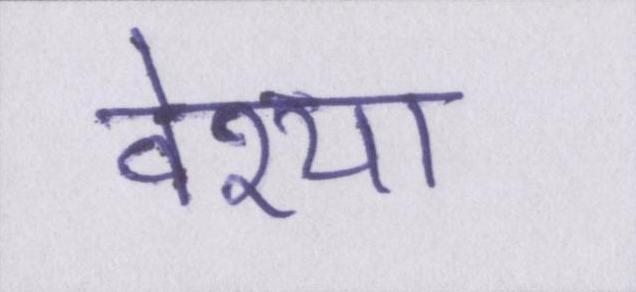
वेश्या